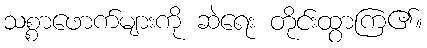
သစ္စာဖောက်များကို ဆဲရေး တိုင်းထွာကြ၏။